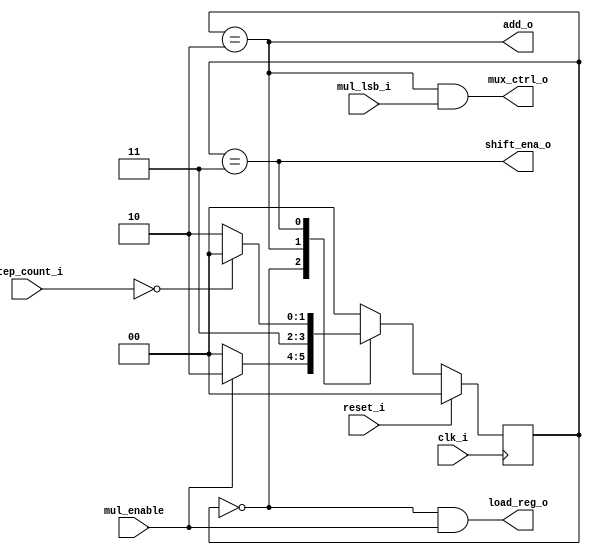

`timescale 1ns/1ns

module mul_controller(
output shift_ena_o,
output load_reg_o,
output mux_ctrl_o,
output add_o,
input clk_i,
input reset_i,
input [1:0] step_count_i,
input mul_enable,
input mul_lsb_i);

parameter [1:0] IDLE=2'd0,  MUL=2'd2, SHIFT=2'd3;

reg [1:0] state,next_state;

always@(posedge clk_i) begin
	if(reset_i) state<=IDLE;
	else state<=next_state;
end 

always@(*) begin
	
	case(state) 
		IDLE  :  next_state= mul_enable? MUL: IDLE;
		MUL   :  begin  next_state = SHIFT;  end
		SHIFT :   next_state= (step_count_i==0) ? IDLE: MUL;
		default : next_state= IDLE;
	endcase

end

assign shift_ena_o = (state==SHIFT);
assign load_reg_o  = (state==IDLE) & mul_enable;
assign mux_ctrl_o  = (state==MUL) & mul_lsb_i;
assign add_o       = (state==MUL);

endmodule